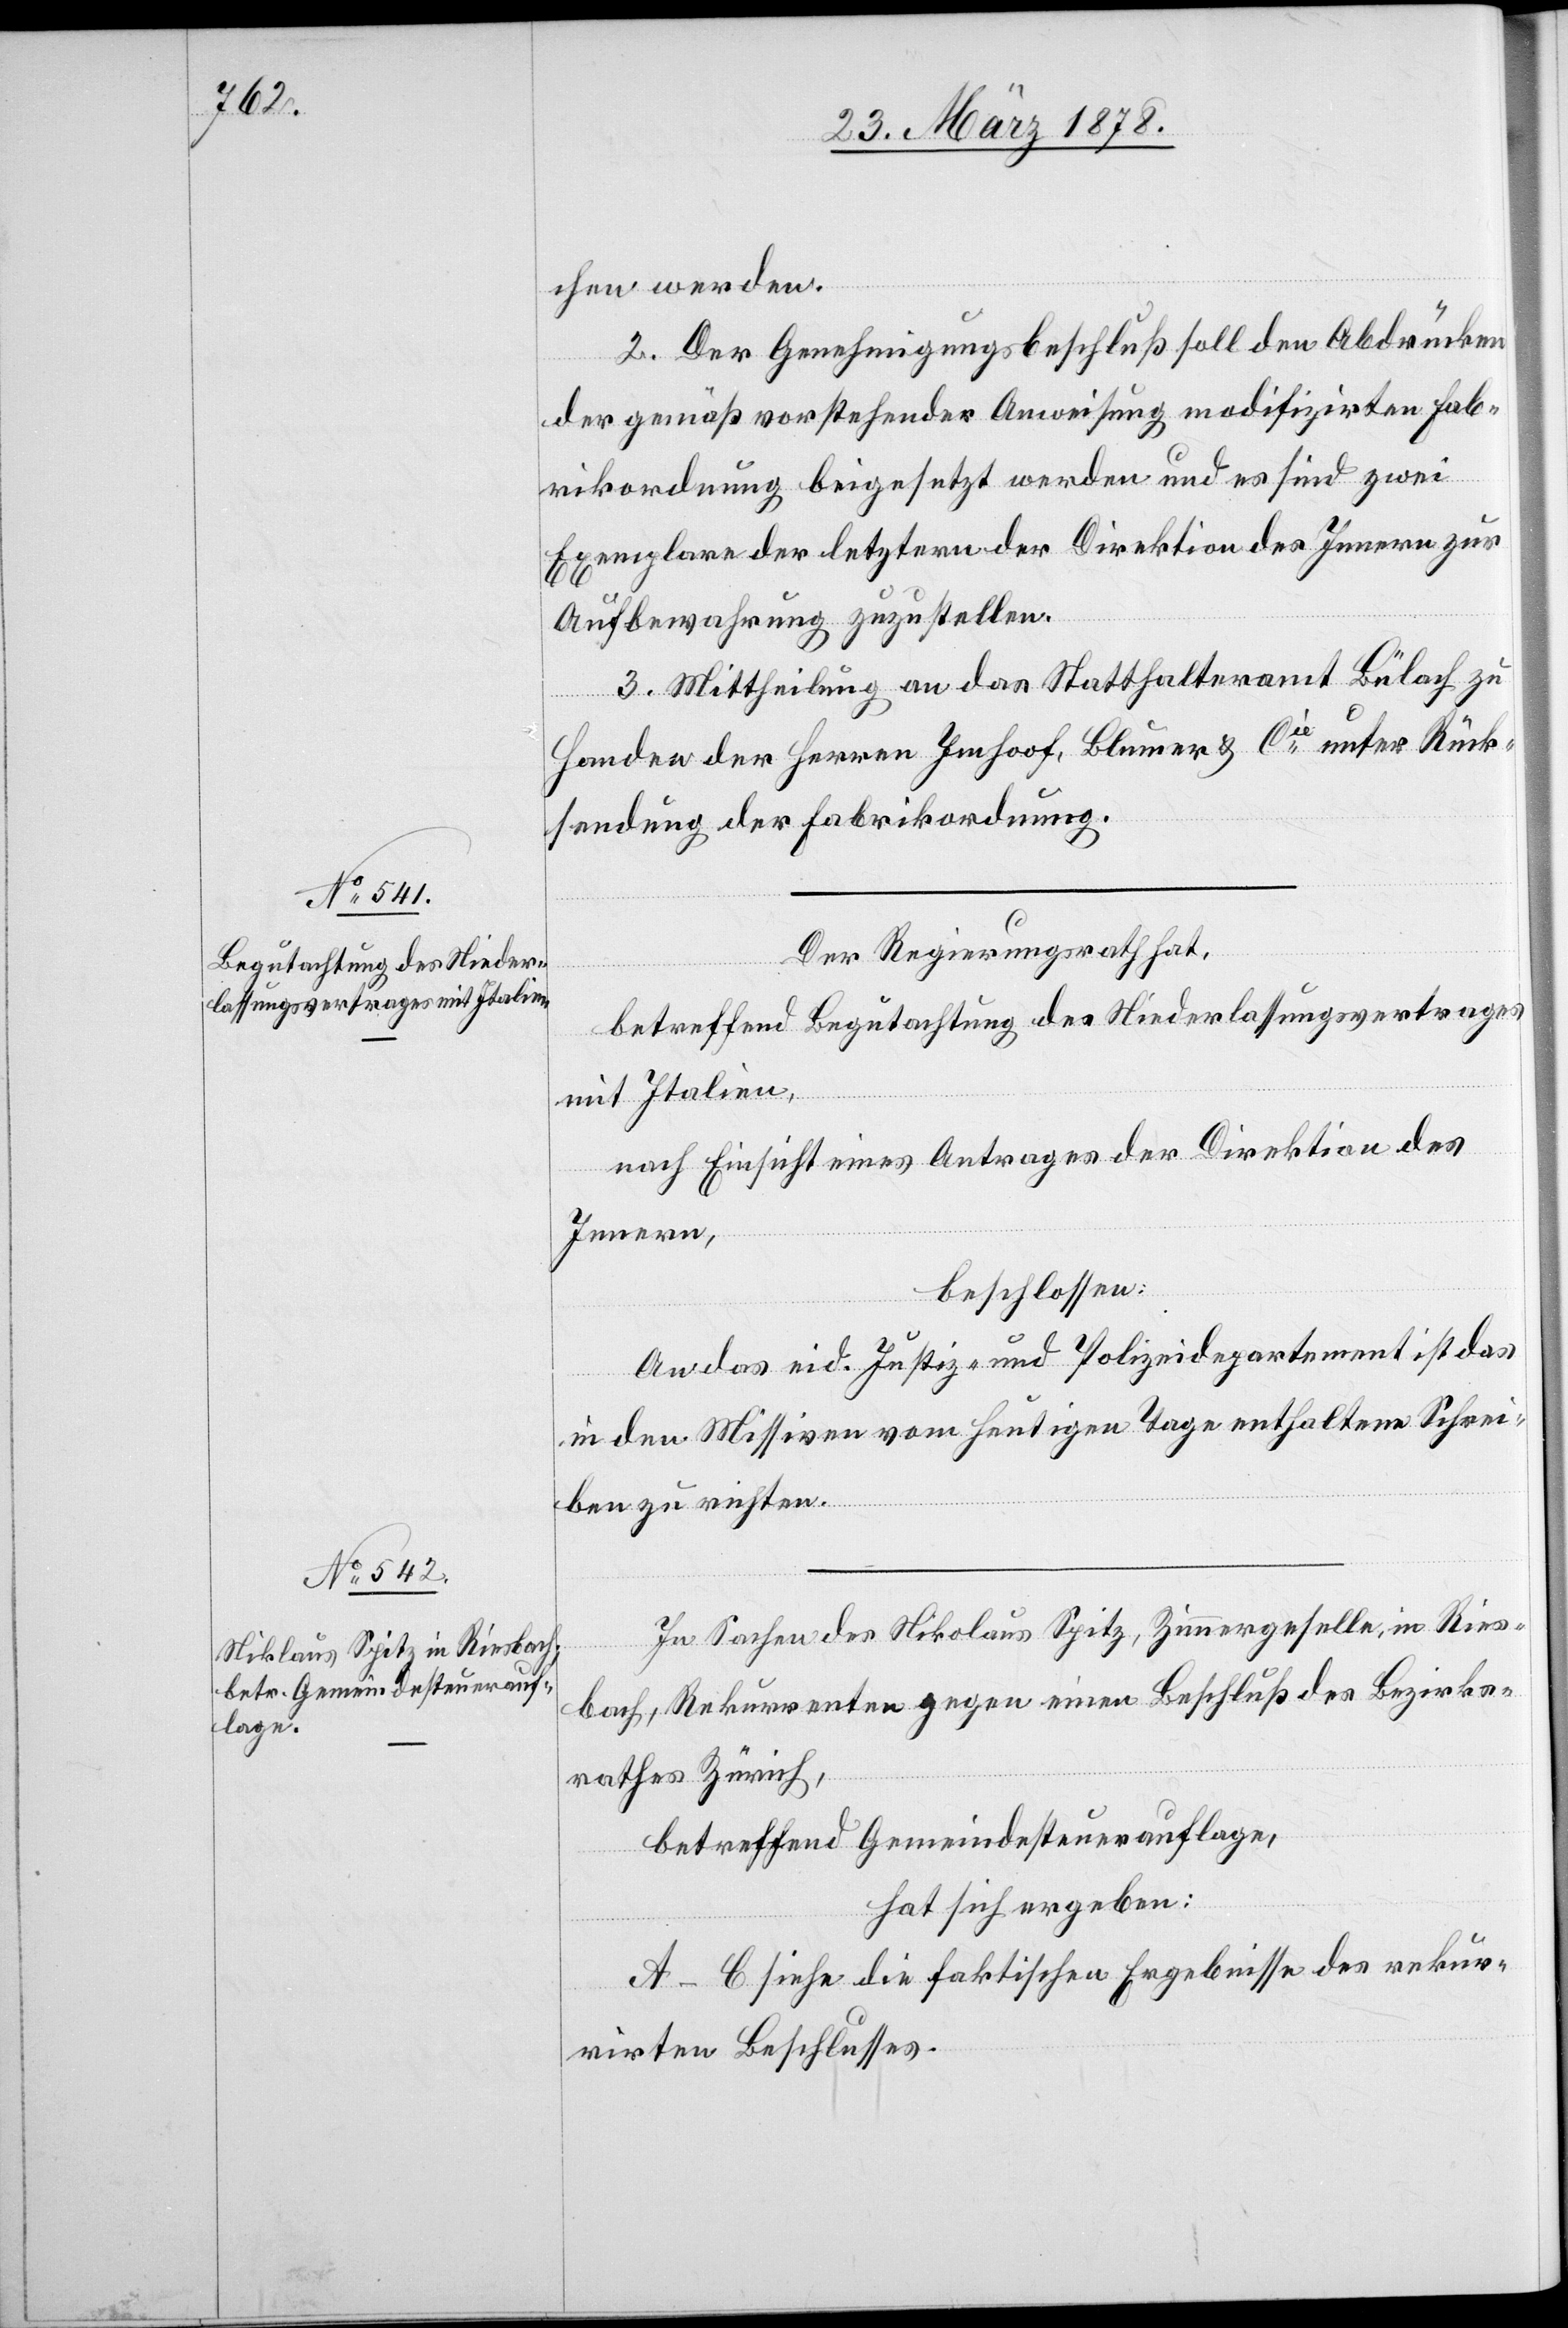
chen werden.
2. Der Genehmigungsbeschluß soll den Abdrücken
der gemäß vorstehender Anweisung modifizirten Fab¬
rikordnung beigesetzt werden und es sind zwei
Exemplare der letztern der Direktion des Innern zur
Aufbewahrung zuzustellen.
3. Mittheilung an das Statthalteramt Bülach zu
Handen der Herren Imhoof [sic!], Blumer & Cie unter Rück¬
sendung der Fabrikordnung.
Der Regierungsrath hat,
betreffend Begutachtung des Niederlassungsvertrages
mit Italien,
nach Einsicht eines Antrages der Direktion des
Innern,
beschlossen:
An das eid. Justiz- und Polizeidepartement ist das
in den Missiven vom heutigen Tage enthaltene Schrei¬
ben zu richten.
In Sachen des Nikolaus [sic!] Spitz, Zimmergeselle, in Ries¬
bach, Rekurrenten gegen einen Beschluß des Bezirks¬
rathes Zürich,
betreffend Gemeindesteuerauflage,
hat sich ergeben:
A–C siehe die faktischen Ergebnisse des rekur¬
rirten Beschlusses.